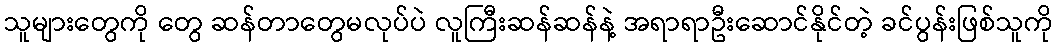
သူများတွေကို တွေ ဆန်တာတွေမလုပ်ပဲ လူကြီးဆန်ဆန်နဲ့ အရာရာဦးဆောင်နိုင်တဲ့ ခင်ပွန်းဖြစ်သူကို